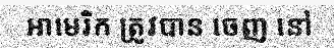
អាមេរិក ត្រូវបាន ចេញ នៅ